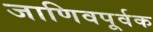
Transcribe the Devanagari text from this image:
जाणिवपूर्वक